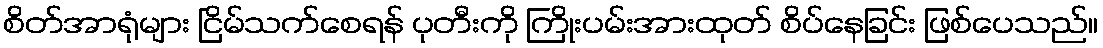
စိတ်အာရုံများ ငြိမ်သက်စေရန် ပုတီးကို ကြိုးပမ်းအားထုတ် စိပ်နေခြင်း ဖြစ်ပေသည်။